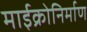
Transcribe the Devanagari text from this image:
माईक्रोनिर्माण